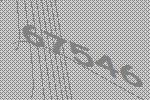
67546